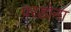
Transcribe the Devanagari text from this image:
परडोना